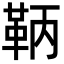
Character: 鞆